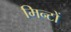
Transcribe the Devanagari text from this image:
मिन्टों